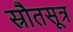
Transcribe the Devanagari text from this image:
स्रौतसूत्र